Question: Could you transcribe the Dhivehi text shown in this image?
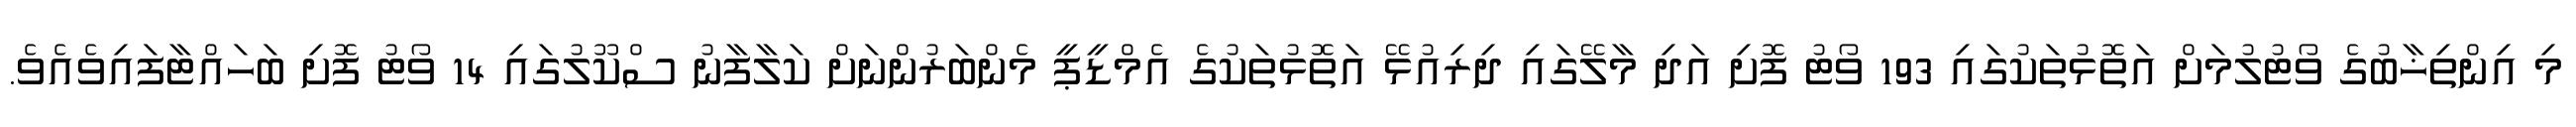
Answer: މި އިންތިޚާބުގެ ވޯޓުލުމަށް އަތޮޅުތަކުގައި 193 ވޯޓު ފޮށި އަދި މާލޭގައި ދިރިއުޅޭ އަތޮޅުތަކުގެ އެމްޑީޕީ މެންބަރުންނަށް ކަލާފާނު ސްކޫލުގައި 14 ވޯޓު ފޮށި ބަހައްޓާފައިވެއެވެ.